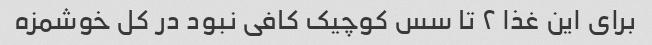
برای این غذا ۲ تا سس کوچیک کافی نبود در کل خوشمزه